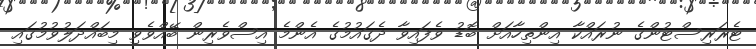
ޓެރަރިސްޓުންގެ ނުރައްކާ އިންތިހާއަށް ބޮޑު ވެފައިވާ ދެގައުމުގެ އެންމެ އިސްވެރިން ބޭއްވެވި މިބައްދަލުވުމުގައި